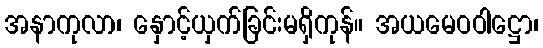
အနာကုလာ၊ နှောင့်ယှက်ခြင်းမရှိကုန်။ အယမေဝဝါဋ္ဌော၊